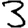
Digit: 3